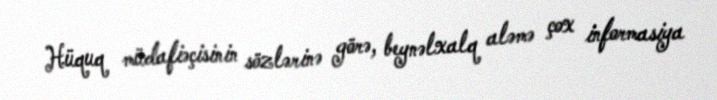
Hüquq müdafiəçisinin sözlərinə görə, beynəlxalq aləmə çox informasiya